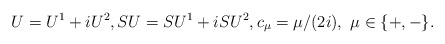
\begin{align*}U = U^1 + i U^2,SU = SU^1 + i SU^2, c_{\mu}= \mu/(2i),\,\,\mu\in\{+, -\}.\end{align*}